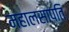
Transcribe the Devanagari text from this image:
महालसापति